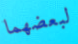
لبعضهما